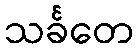
သင်္ခတေ